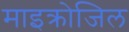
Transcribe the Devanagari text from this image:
माइक्रोजिल